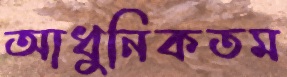
আধুনিকতম